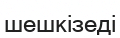
шешкізеді